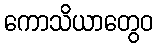
ကောသိယာတွေဝ